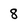
Character: 8